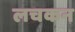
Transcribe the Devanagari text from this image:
लचकन